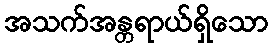
အသက်အန္တရာယ်ရှိသော